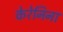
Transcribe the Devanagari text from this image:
केरेनिना